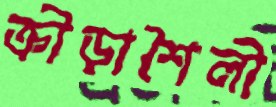
ক্রীড়াশৈলী